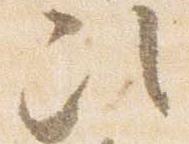
次